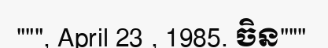
""", April 23 , 1985. ចិន"""